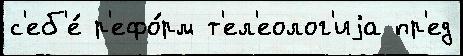
с'еб'е́ р'ефо́рм т'ел'еолог'иjа пр'ед